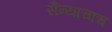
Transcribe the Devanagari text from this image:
सैन्याचाच